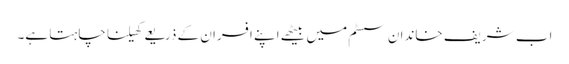
اب شریف خاندان سسٹم میں بیٹھے اپنے افسران کے ذریعے کھیلنا چاہتا ہے۔